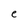
Character: e